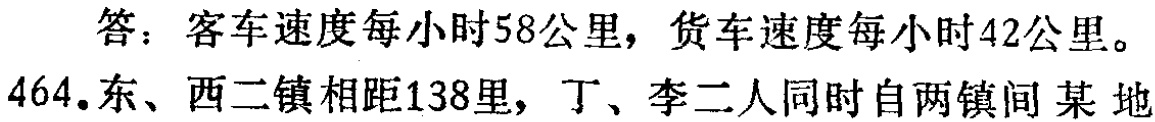
答：客车速度每小时58公里，货车速度每小时42公里。

464.东、西二镇相距138里，丁、李二人同时自两镇间某地